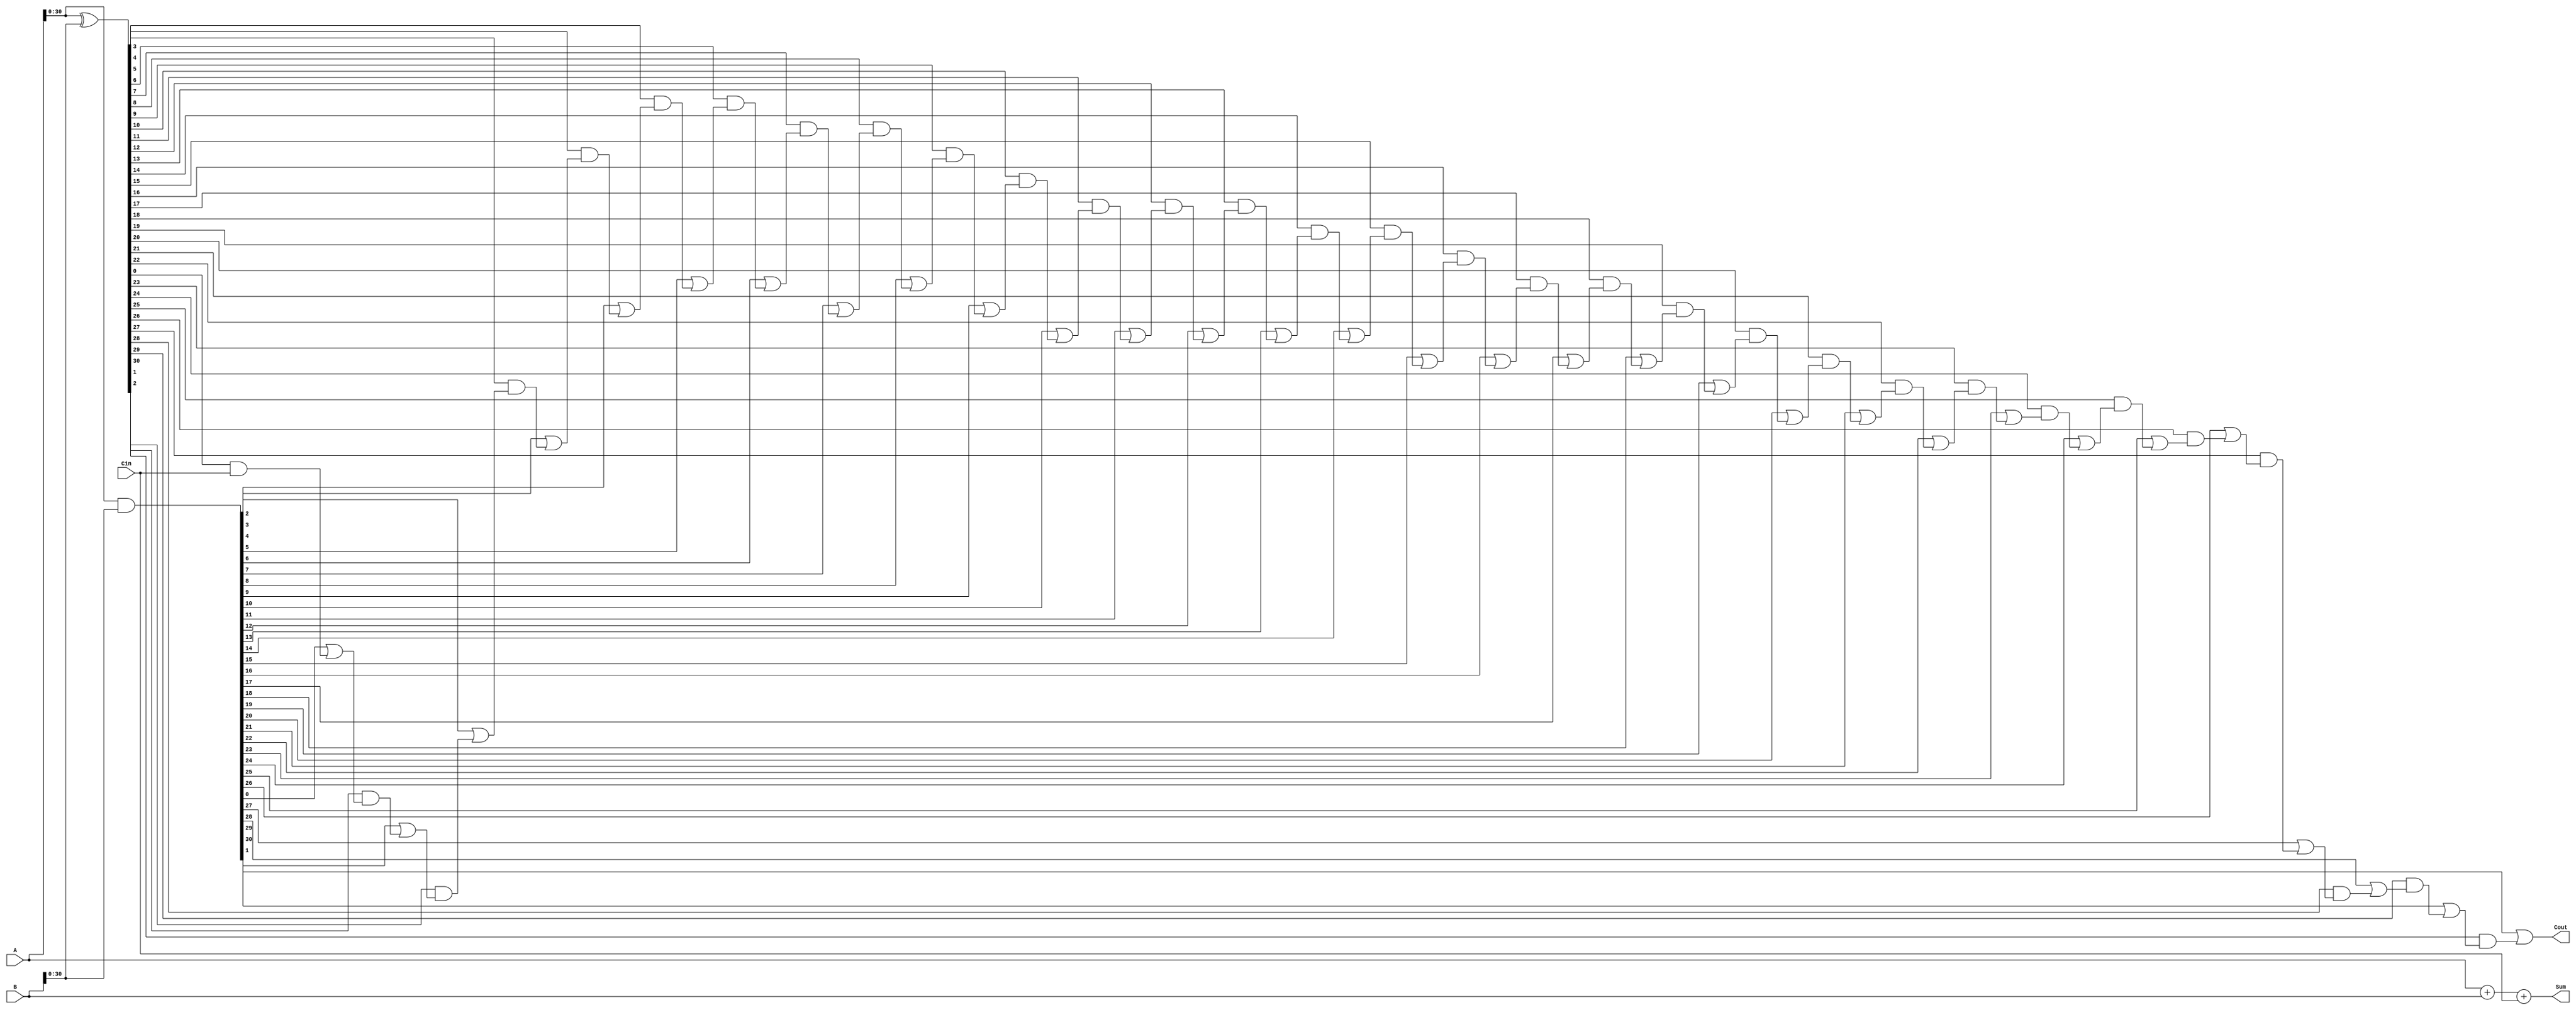
module carry_lookahead_adder (
  input [31:0] A,
  input [31:0] B,
  input Cin,
  output [31:0] Sum,
  output Cout
  );

  wire [31:0] P, G;
  wire [31:0] C;

  assign P = A ^ B;
  assign G = A & B;
  
  assign C[0] = Cin;
  
  genvar i;
  generate
    for (i = 0; i < 31; i = i + 1) begin
      assign C[i+1] = G[i] | (P[i] & C[i]);
    end
  endgenerate

  assign Sum = A + B + Cin;
  assign Cout = C[31];
  
endmodule